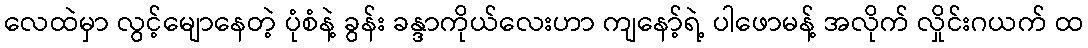
လေထဲမှာ လွင့်မျောနေတဲ့ ပုံစံနဲ့ ခွန်း ခန္ဒာကိုယ်လေးဟာ ကျနော့်ရဲ့ ပါဖောမန့် အလိုက် လှိုင်းဂယက် ထ